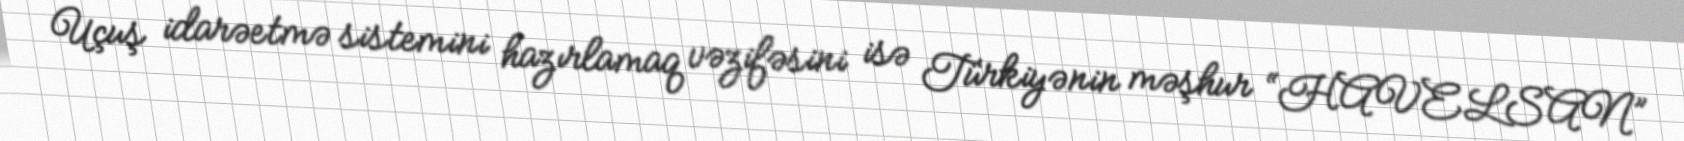
Uçuş idarəetmə sistemini hazırlamaq vəzifəsini isə Türkiyənin məşhur “HAVELSAN”